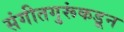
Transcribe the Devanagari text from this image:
संगीतगुरूंकडून